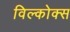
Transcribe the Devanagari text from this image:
विल्कोक्स